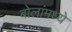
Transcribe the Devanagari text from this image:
बोलांमध्ये